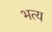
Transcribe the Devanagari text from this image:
भत्य